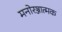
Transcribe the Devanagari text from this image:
मनोरञ्जात्मक